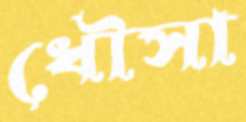
ধৌসা